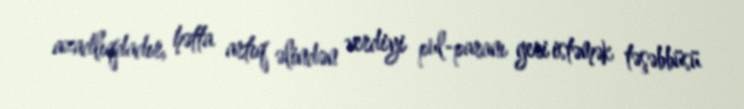
azadlıqdadır, hətta artıq əlindən verdiyi pul-paranı geri istəmək təşəbbüsü